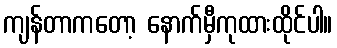
ကျန်တာကတော့ နောက်မှီကုထားထိုင်ပါ။